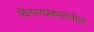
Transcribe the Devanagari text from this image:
वितरणप्रकारांतील